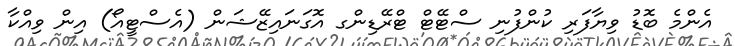
އެންމެ ބޮޑު ވިޔާފަރި ކުންފުނި ސްޓޭޓް ޓްރޭޑިންގ އޮގަނައިޒޭޝަން (އެސްޓީއޯ) އިން ވިއްކާ